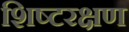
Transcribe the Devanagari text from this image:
शिष्टरक्षण